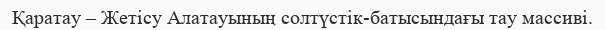
Қаратау – Жетісу Алатауының солтүстік-батысындағы тау массиві.